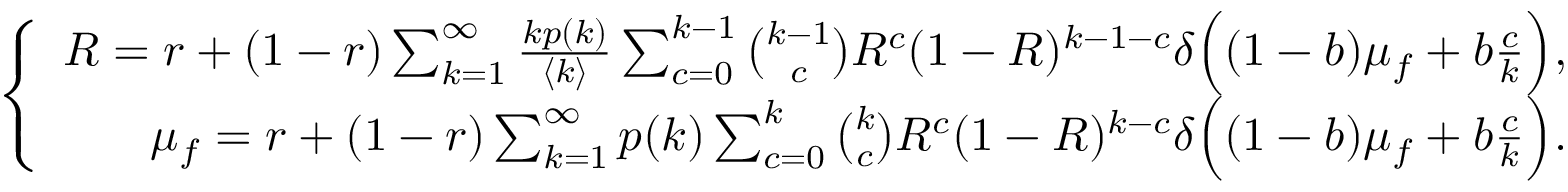
\left\{ \begin{array} { r } { R = r + ( 1 - r ) \sum _ { k = 1 } ^ { \infty } \frac { k p ( k ) } { \langle k \rangle } \sum _ { c = 0 } ^ { k - 1 } \binom { k - 1 } { c } R ^ { c } ( 1 - R ) ^ { k - 1 - c } \delta \Big ( ( 1 - b ) \mu _ { f } + b \frac { c } { k } \Big ) , } \\ { \mu _ { f } = r + ( 1 - r ) \sum _ { k = 1 } ^ { \infty } p ( k ) \sum _ { c = 0 } ^ { k } \binom { k } { c } R ^ { c } ( 1 - R ) ^ { k - c } \delta \Big ( ( 1 - b ) \mu _ { f } + b \frac { c } { k } \Big ) . } \end{array} \right.